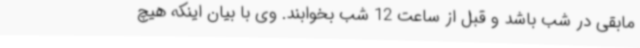
مابقی در شب باشد و قبل از ساعت 12 شب بخوابند. وی با بیان اینکه هیچ